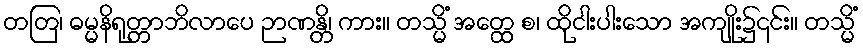
တတြ၊ ဓမ္မနိရုတ္တာဘိလာပေ ဉာဏန္တိ၊ ကား။ တသ္မိံ အတ္ထေ စ၊ ထိုငါးပါးသော အကျိုး၌၎င်း။ တသ္မိံ